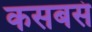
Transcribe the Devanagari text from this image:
कसबसं